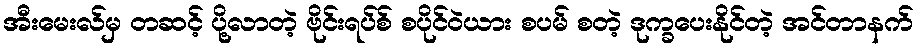
အီးမေးလ်မှ တဆင့် ပို့လာတဲ့ ဗိုင်းရပ်စ် စပိုင်ဝဲယား စပမ် စတဲ့ ဒုက္ခပေးနိုင်တဲ့ အင်တာနက်